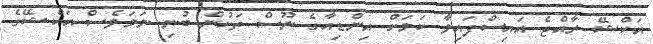
އަކްޝޭ ރާއްޖެ އައިސްފައިވާ ކަމަށް އިންޑިއާގެ ނޫސް ތަކުން ބުނި ނަމަވެސް އަކްޝޭގެ